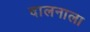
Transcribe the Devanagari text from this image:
दालनाला